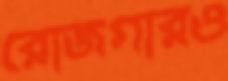
রোজগারও